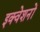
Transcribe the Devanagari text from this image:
इक्वेशनों